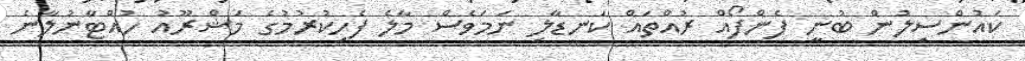
ކައުންސިލުން ބުނީ ފެންފޯއް ރުއްތައް ކަނޑާލި ނަމަވެސް މާލެ ފެހިކުރުމުގެ މަޝްރޫއު ހުއްޓާނުލާނެ